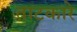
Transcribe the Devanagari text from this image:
ताटकारे